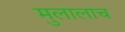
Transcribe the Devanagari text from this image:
मुलालाच